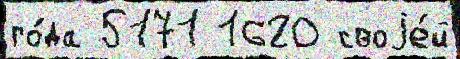
го́да 5171 1620 своjе́й